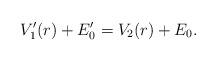
LaTeX: \begin{align*} V'_1(r) + E'_0 = V_2(r) + E_0. \end{align*}